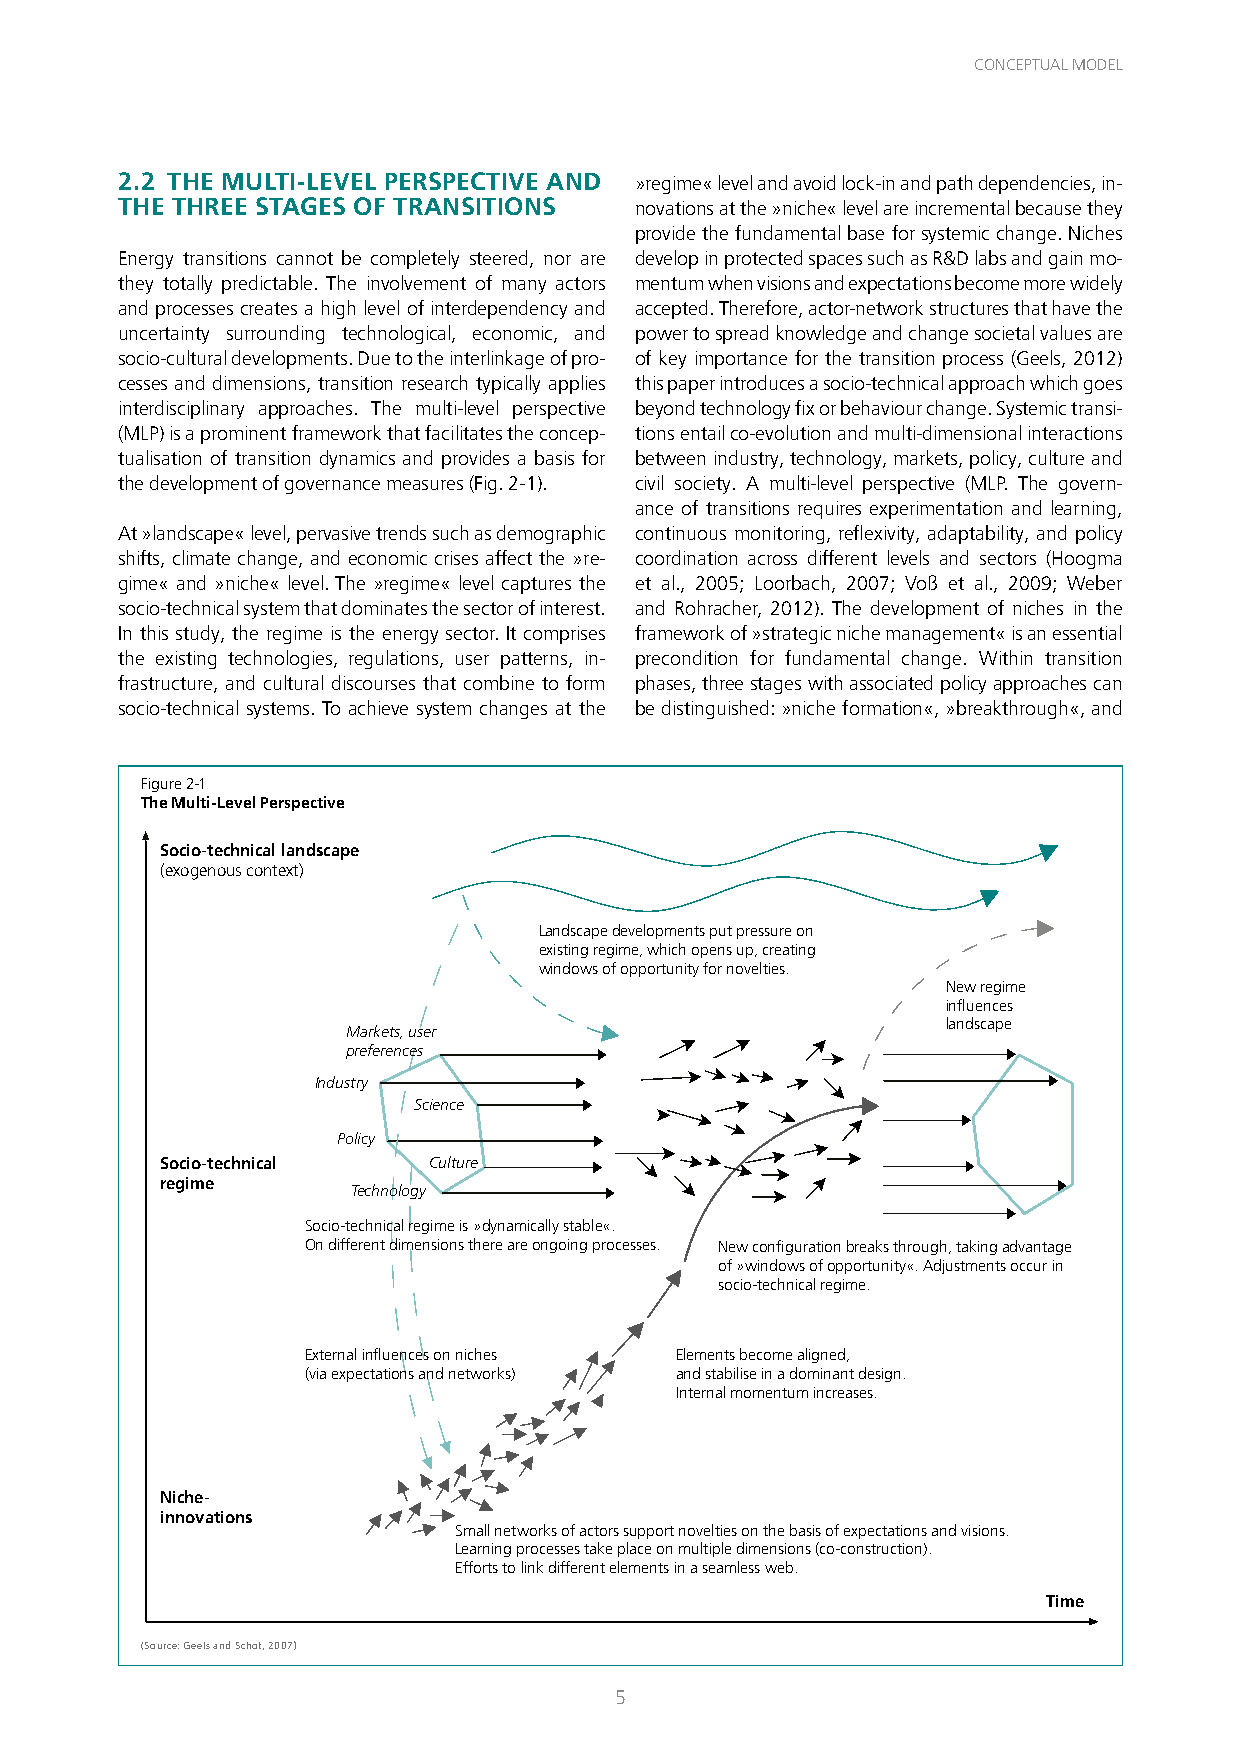
CONCEPTUAL MODEL
 2.2 THE MULTI-LEVEL PERSPECTIVE AND »regime« level and avoid lock-in and path dependencies, in-
 THE THREE STAGES OF TRANSITIONS   novations at the »niche« level are incremental because they
 provide the fundamental base for systemic change. Niches
 Energy transitions cannot be completely steered, nor are develop in protected spaces such as R&D labs and gain mo-
 they totally predictable. The involvement of many actors mentum when visions and expectations become more widely
 and processes creates a high level of interdependency and accepted. Therefore, actor-network structures that have the
 uncertainty surrounding technological, economic, and power to spread knowledge and change societal values are
 socio-cultural developments. Due to the interlinkage of pro- of key importance for the transition process (Geels, 2012)
 cesses and dimensions, transition research typically applies this paper introduces a socio-technical approach which goes
 interdisciplinary approaches. The multi-level perspective beyond technology fix or behaviour change. Systemic transi-
 (MLP) is a prominent framework that facilitates the concep- tions entail co-evolution and multi-dimensional interactions
 tualisation of transition dynamics and provides a basis for between industry, technology, markets, policy, culture and
 the development of governance measures (Fig. 2-1). civil society. A multi-level perspective (MLP. The govern-
 ance of transitions requires experimentation and learning,
 At »landscape« level, pervasive trends such as demographic continuous monitoring, reflexivity, adaptability, and policy
 shifts, climate change, and economic crises affect the »re- coordination across different levels and sectors (Hoogma
 gime« and »niche« level. The »regime« level captures the et al., 2005; Loorbach, 2007; Voß et al., 2009; Weber
 socio-technical system that dominates the sector of interest. and Rohracher, 2012). The development of niches in the
 In this study, the regime is the energy sector. It comprises framework of »strategic niche management« is an essential
 the existing technologies, regulations, user patterns, in- precondition for fundamental change. Within transition
 frastructure, and cultural discourses that combine to form phases, three stages with associated policy approaches can
 socio-technical systems. To achieve system changes at the be distinguished: »niche formation«, »breakthrough«, and
 Figure 2-1
 The Multi-Level Perspective
 Socio-technical landscape
 (exogenous context)
 Landscape developments put pressure on
 existing regime, which opens up, creating
 windows of opportunity for novelties.
 New regime
 influences
 landscape
 Markets, user
 preferences
 Industry
 Science
 Policy
 Socio-technical  Culture
 regime
 Technology
 Socio-technical regime is »dynamically stable«.
 On different dimensions there are ongoing processes. New configuration breaks through, taking advantage
 of »windows of opportunity«. Adjustments occur in
 socio-technical regime.
 External influences on niches Elements become aligned,
 (via expectations and networks) and stabilise in a dominant design.
 Internal momentum increases.
 Niche-
 innovations
 Small networks of actors support novelties on the basis of expectations and visions.
 Learning processes take place on multiple dimensions (co-construction).
 Efforts to link different elements in a seamless web.
 Time
 (Source: Geels and Schot, 2007)
 5